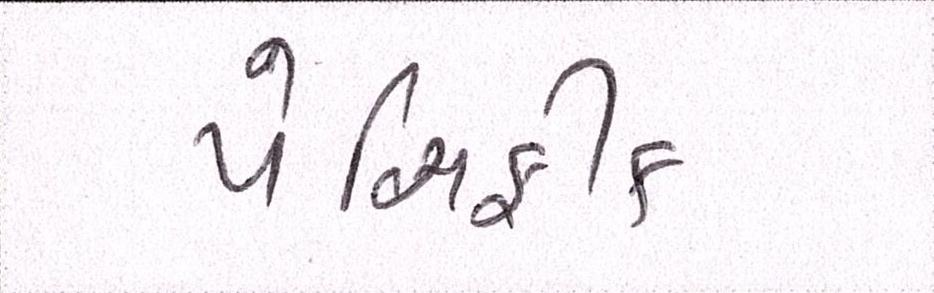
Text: પેસિફીક